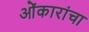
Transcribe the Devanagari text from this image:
ओंकारांचा